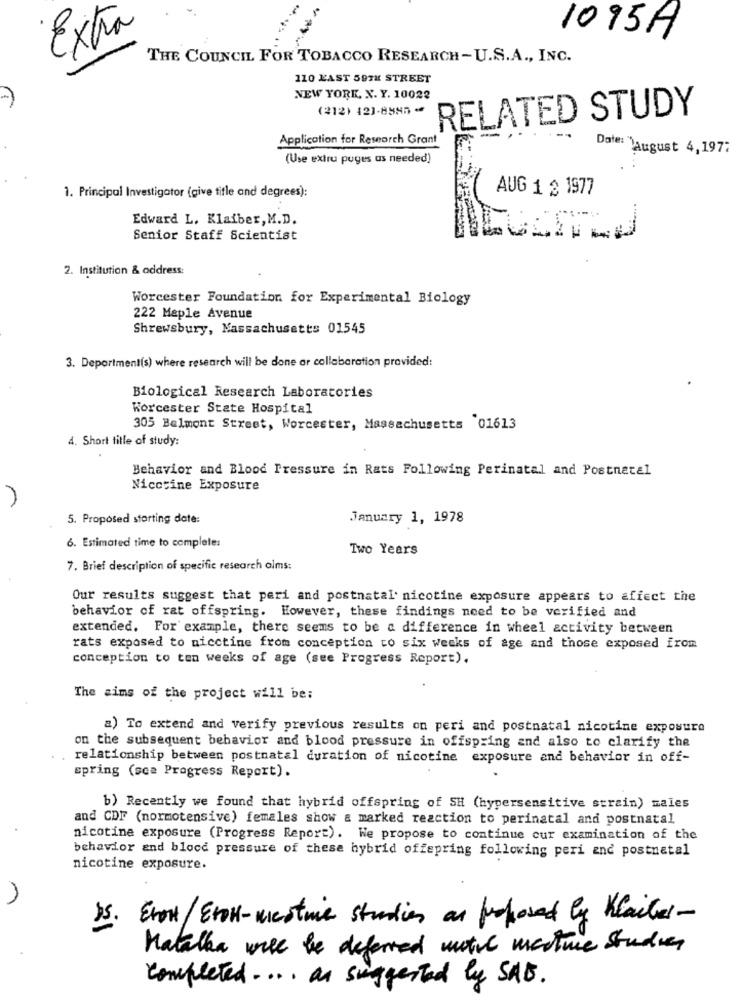
Extra
1095H
THE COUNCIL FOR TOBACCO RESEARCH-U.S.A ., INC.
110 LAST 59TH STREET
NEW YORK, N. Y. 10022
(212) 121-8885 -
RELATED STUDY
Application for Research Grant
Date: August 4,197:
(Use extru puges as needed)
AUG 1 2 1977
1. Principal Investigator (give title and degrees):
Edward L. Klaiber, M.D.
Senior Staff Scientist
2. Institution & address:
Worcester Foundation for Experimental Biology
222 Maple Avenue
Shrewsbury, Massachusetts 01545
3. Department(s) where research will be done ar collaboration provided:
Biological Research Laboratories
Worcester State Hospital
305 Belmont Street, Worcester, Massachusetts 01613
4. Short title of study:
Behavior and Blood Pressure in Rats Following Perinatal and Postnatal
Nicotine Exposure
5. Proposed starting date:
January 1, 1978
6. Estimated time to complete:
Two Years
7. Brief description of specific research alms:
Our results suggest that peri and postnatal nicotine exposure appears to affect the
behavior of rat offspring. However, these findings need to be verified and
extended. For example, there seems to be a difference in wheel activity between
rats exposed to nicctine from conception to six weeks of age and those exposed from
conception to ten weeks of age (see Progress Report).
The sims of the project will be:
a) To extend and verify previous results on peri and postnatal nicotine exposure
on the subsequent behavior and blood pressure in offspring and also to clarify the
relationship between postnatal duration of nicotine exposure and behavior in off-
spring (sca Progress Report).
b) Recently we found that hybrid offspring of SH (hypersensitive strain) males
and CDF (normotensive) females show a marked reaction to perinatal and postnatal
nicotine exposure (Progress Report). We propose to continue cur examination of the
behavior and blood pressure of these hybrid offspring following peri and postnatal
nicotine exposure.
n
15. Event/ Eron-mestnie studies as proposed by Klailer-
Natalka wiec be deferred motil mesture Studies
completed . ... as suggested by SAD.